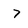
Character: 7